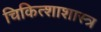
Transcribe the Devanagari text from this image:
चिकित्शाशास्त्र